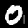
Digit: 0